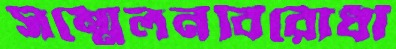
সম্মেলনবিরোধী